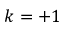
k = + 1